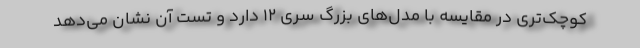
کوچک‌تری در مقایسه با مدل‌های بزرگ سری ۱۲ دارد و تست آن نشان می‌دهد